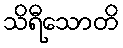
သိရီသောတိ